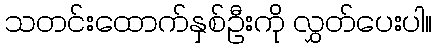
သတင်းထောက်နှစ်ဦးကို လွှတ်ပေးပါ။